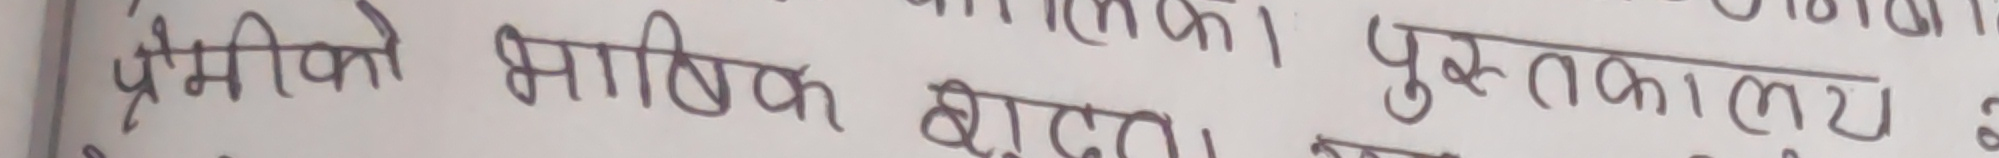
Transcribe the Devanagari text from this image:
प्रेमीको भाषिक शुद्धता। पुस्तकालय